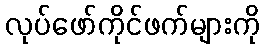
လုပ်ဖော်ကိုင်ဖက်များကို